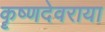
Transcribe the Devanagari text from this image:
कॄष्णदेवराया